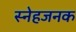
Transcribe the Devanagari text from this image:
स्नेहजनक